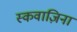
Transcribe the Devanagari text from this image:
स्कवाज़िना